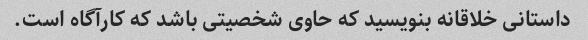
داستانی خلاقانه بنویسید که حاوی شخصیتی باشد که کارآگاه است.